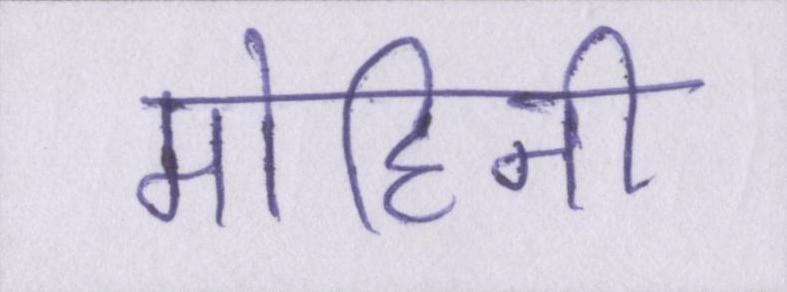
मोहिनी